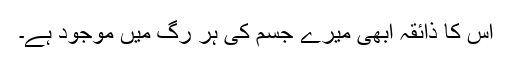
اس کا ذائقہ ابھی میرے جسم کی ہر رگ میں موجود ہے۔